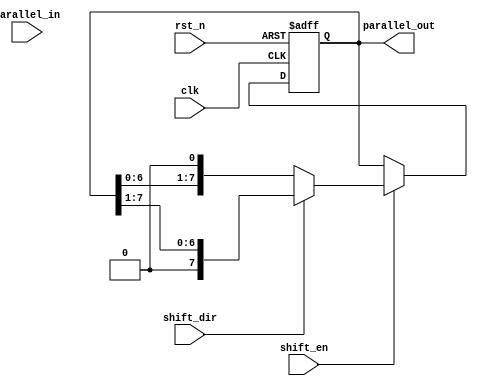
module ParameterizedShiftRegister #(
    parameter WIDTH = 8 // Parameter to define the width of the shift register
)(
    input  wire clk,                // Clock input
    input  wire rst_n,              // Asynchronous reset (active low)
    input  wire shift_en,           // Shift enable signal
    input  wire shift_dir,          // Shift direction: 0 for left, 1 for right
    input  wire [WIDTH-1:0] parallel_in, // Parallel input data
    output reg  [WIDTH-1:0] parallel_out // Parallel output data
);

    // Register to hold the shift register values
    reg [WIDTH-1:0] shift_reg;

    always @(posedge clk or negedge rst_n) begin
        if (!rst_n) begin
            // Asynchronous reset
            shift_reg <= {WIDTH{1'b0}}; // Initialize to zero on reset
        end else if (shift_en) begin
            // Shift operation
            if (shift_dir) begin
                // Shift right
                shift_reg <= {1'b0, shift_reg[WIDTH-1:1]};
            end else begin
                // Shift left
                shift_reg <= {shift_reg[WIDTH-2:0], 1'b0};
            end
        end
    end

    // Parallel output assignment
    always @* begin
        parallel_out = shift_reg; // Provide the current state of the shift register
    end

endmodule